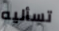
تسأليه